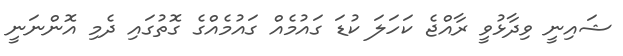
ޝައިނީ ވިދާޅުވީ ރާއްޖެ ކަހަލަ ކުޑަ ގައުމެއް ގައުމެއްގެ ގޮތުގައި ދެމި އޮންނަނީ